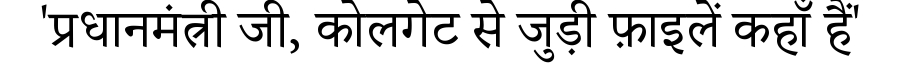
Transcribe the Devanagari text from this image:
'प्रधानमंत्री जी, कोलगेट से जुड़ी फ़ाइलें कहाँ हैं'